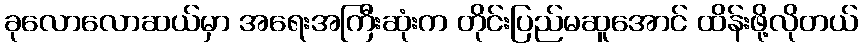
ခုလောလောဆယ်မှာ အရေးအကြီးဆုံးက တိုင်းပြည်မဆူအောင် ထိန်းဖို့လိုတယ်